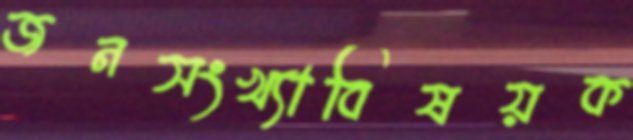
জনসংখ্যাবিষয়ক